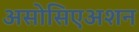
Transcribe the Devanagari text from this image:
असोसिएअशन